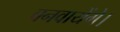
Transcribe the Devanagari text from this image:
बनवायेंगे।